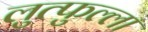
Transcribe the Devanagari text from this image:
लुत्फुल्ला